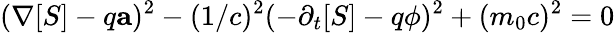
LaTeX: (\mathbf{\nabla}[S]-q\mathbf{a})^{2}-(1/c)^{2}(-\partial_{t}[S]-q\phi)^{2}+(m_{0}c)^{2}=0